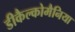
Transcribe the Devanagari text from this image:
डीकैल्कोमैनिया